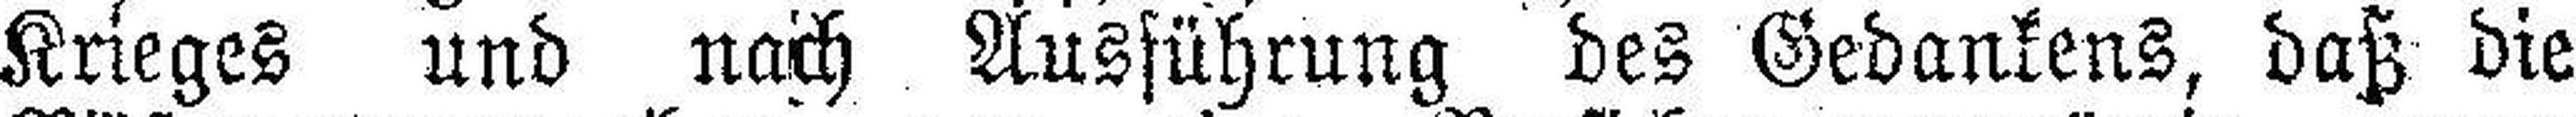
Krieges und nach Ausführung des Gedankens, daß die